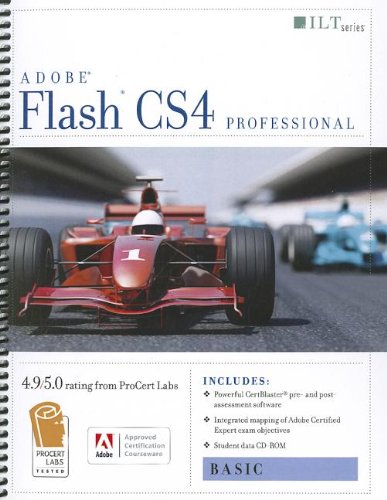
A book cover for Flash Cs4 Professional: Basic + Certblaster + Data (ILT); Computers & Technology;